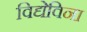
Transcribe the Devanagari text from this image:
विद्येविना